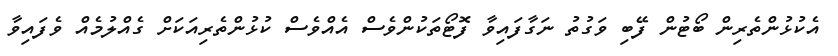
އެކުޅުންތެރިން ބޯޓުން ފޭބި ވަގުތު ނަގާފައިވާ ފޮޓޯތަކުންވެސް އެއްވެސް ކުޅުންތެރިއަކަށް ގެއްލުމެއް ވެފައިވާ